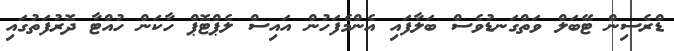
ޑްރެސިން ޓޭބަލް ވަތްގަނޑުވެސް ބަލާފައި އެންމެފަހުން އައިސް ލެޕްޓޮޕް ހާކަން ހުއްޓާ ދޮރުފަތުގައި